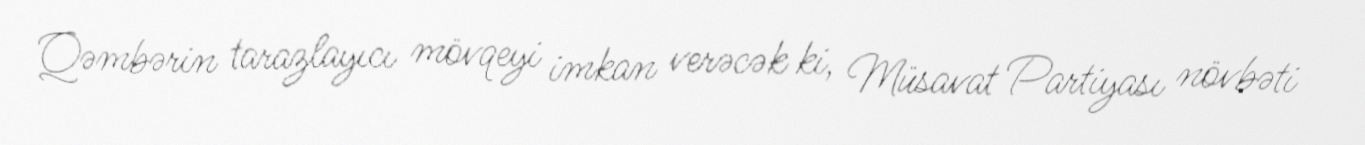
Qəmbərin tarazlayıcı mövqeyi imkan verəcək ki, Müsavat Partiyası növbəti